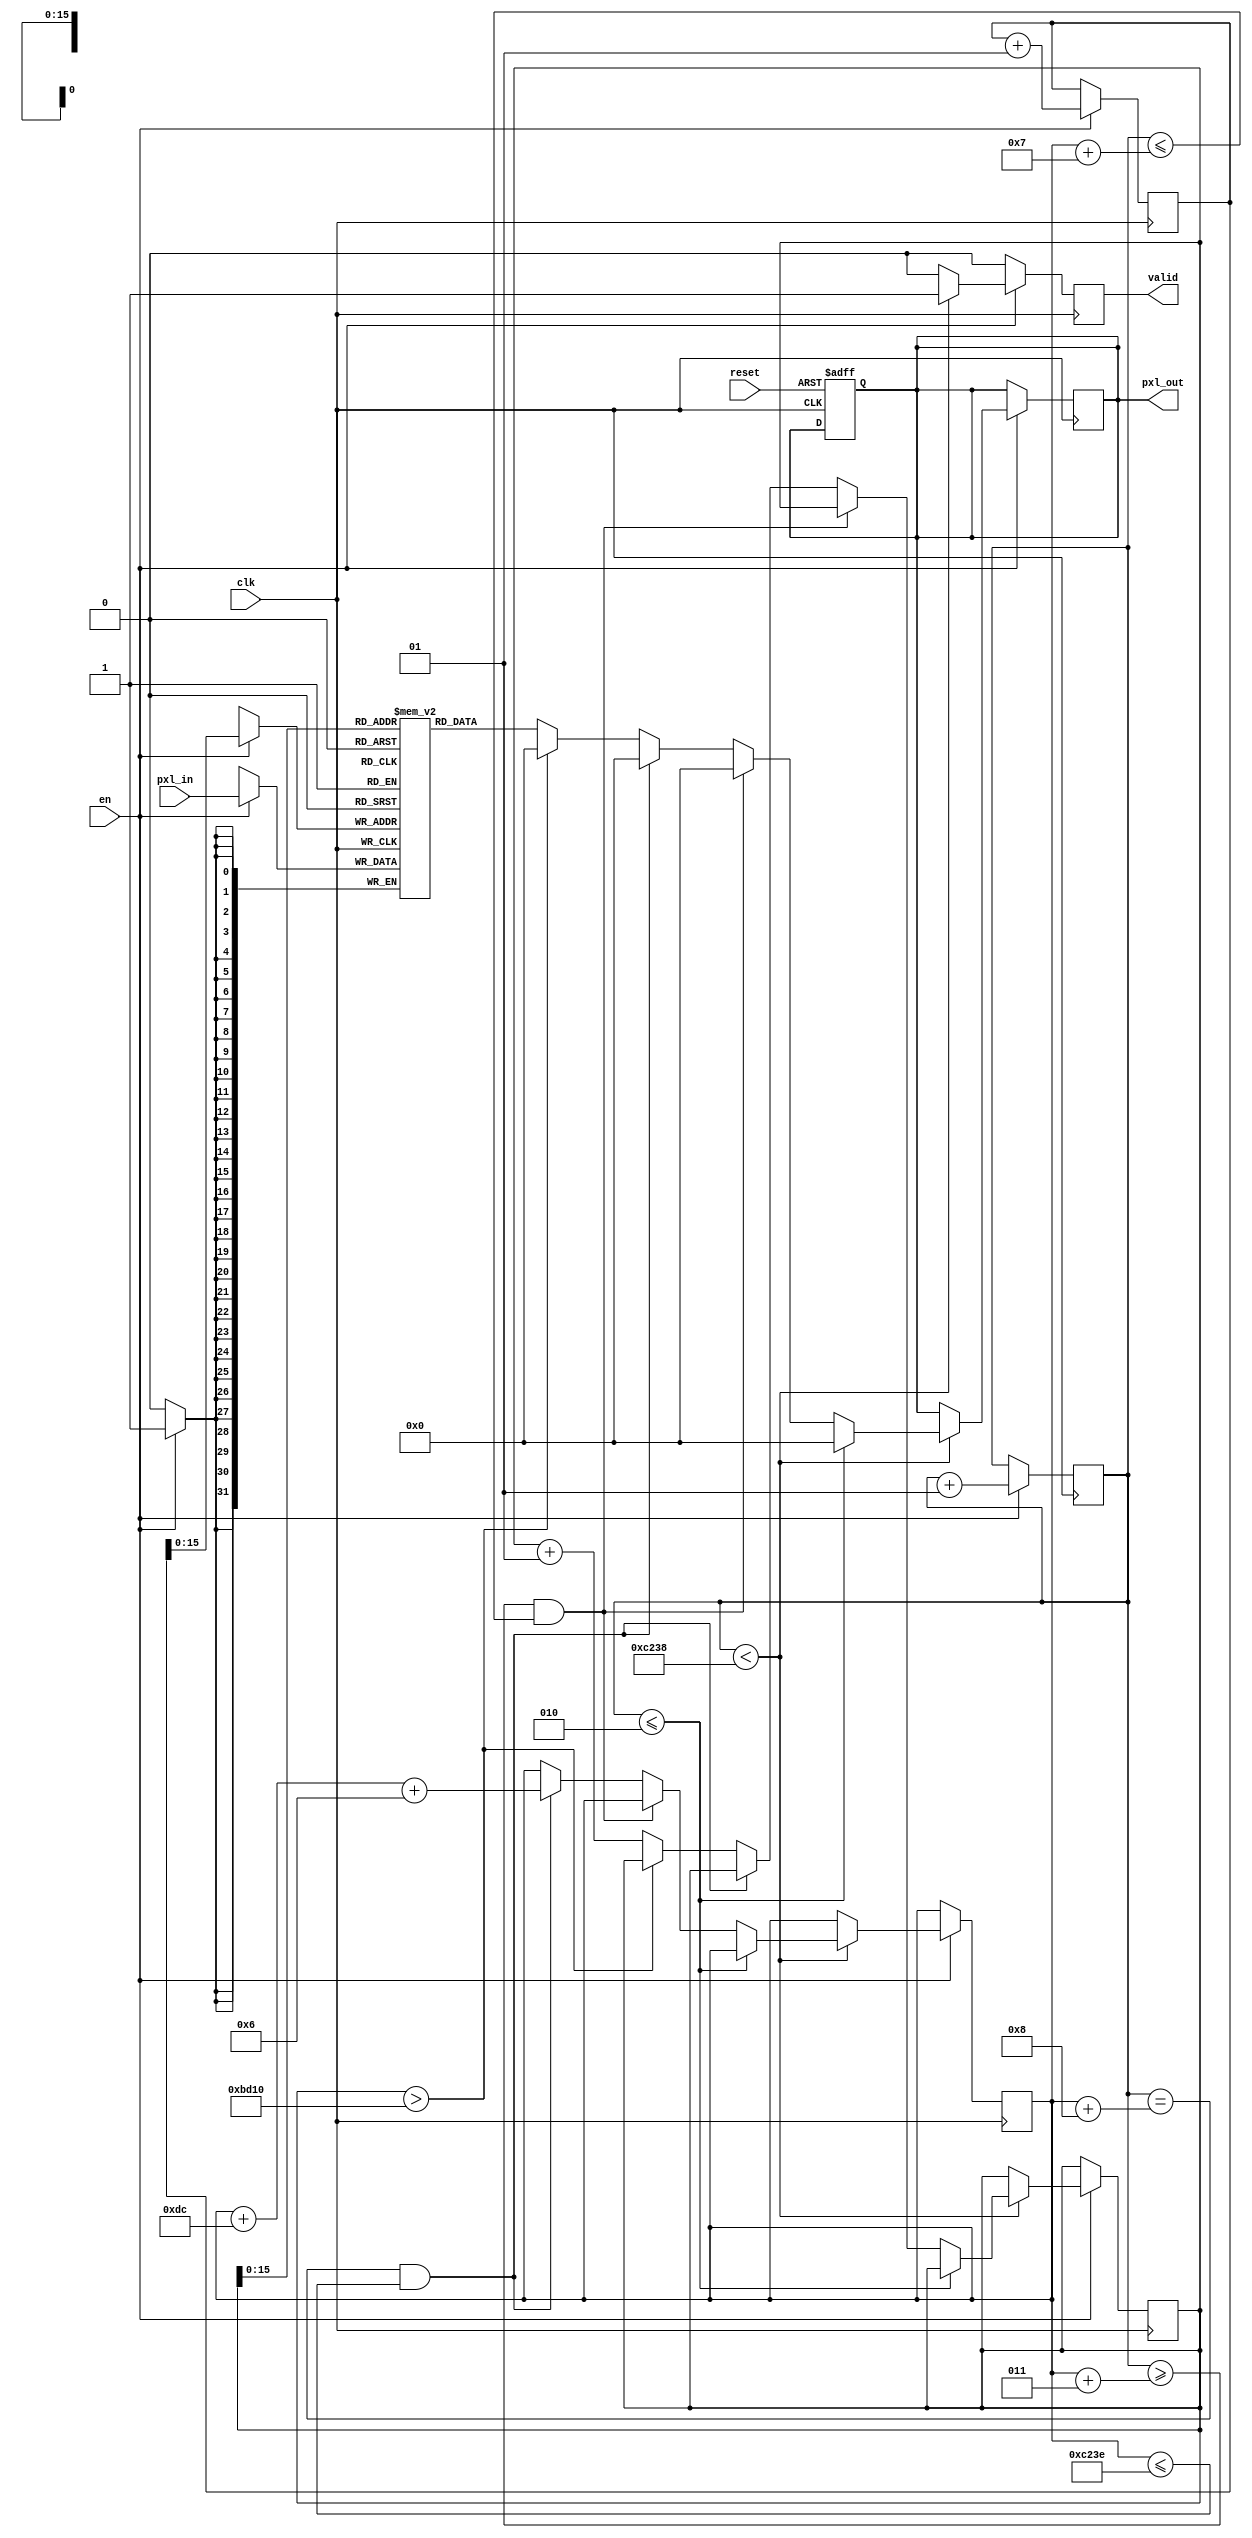
module padding_17
  #(parameter D = 220,
    parameter DATA_WIDTH = 32)
    (
    	input clk,
    	input reset,
    	input en,
    	input [DATA_WIDTH-1:0] pxl_in,
			//debug
   	output  [DATA_WIDTH-1:0] pxl_out,//test_in,
   	output  valid
    );
        //debug
    wire  [DATA_WIDTH-1:0] test_in;
    
    parameter W = D;
    parameter H = D;
    parameter T = W * H;

    integer i = 0;
    integer g = 0;
    integer j = W;
    integer k = 6; // 7-1
    integer x = 0;
    
    reg [DATA_WIDTH-1:0] tmp;
    reg [DATA_WIDTH-1:0]memory[T:0];
    
always @(posedge clk, posedge reset)begin
  if(reset)begin
    tmp <= 0; 
  end
end 
  
always @(posedge clk)begin
  if(en)begin
    memory[g] <= pxl_in;
    g <= g+1;
  end
end

always @(posedge clk)begin
  if(en)begin
    if(i < ((W+6)*H) )begin
        if(i <= 2)
           tmp <= 0;
        else if(i >= (j+3) && i <= (j+7))
           tmp <= 0;   
        else if(i == (j+8) && j <= (((W+6)*H) + k))begin
           tmp <= 0;
           j <= j+W+k;
         end
        else if( x > (W*H))
           tmp <= 0;
        else begin
            tmp <= memory[x];
            x <= x + 1;
        end
    end
    i <= i+1;
  end
end

reg tmp_valid;

always @(posedge clk)begin
  if(en)begin
    if(i < (((W+6)*H)) )begin
      tmp_valid <= 1;
    end
    else 
      tmp_valid <= 0;  
  end 
  else
    tmp_valid <= 0;  
 end
 
assign valid = tmp_valid;
assign test_in = memory[x];
assign pxl_out =tmp;


endmodule